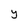
Character: y